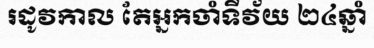
រដូវកាល តែអ្នកចាំទីវ័យ ២៤ឆ្នាំ